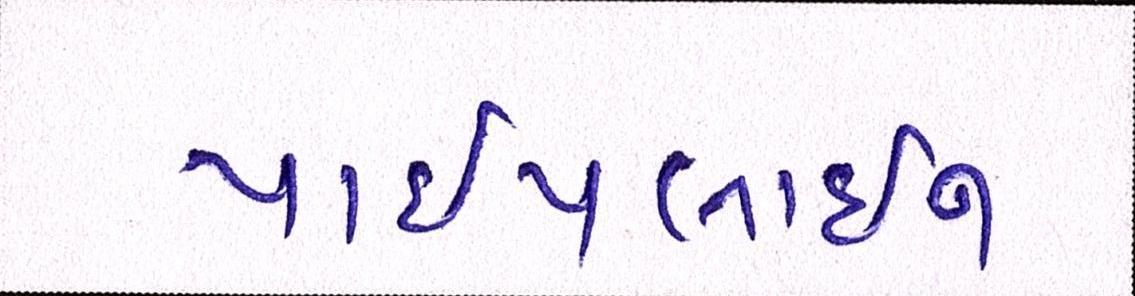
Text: પાઈપલાઈન